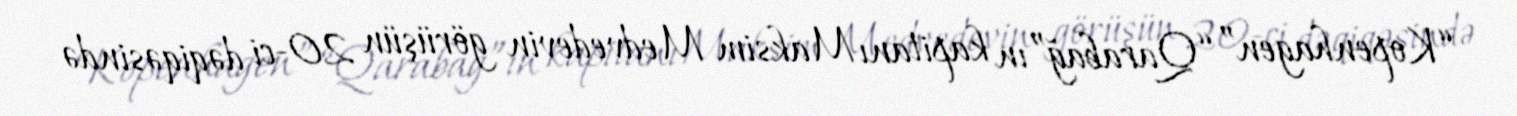
“Kopenhagen” “Qarabağ”ın kapitanı Maksim Medvedevin görüşün 20-ci dəqiqəsində